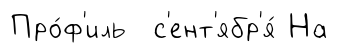
Про́ф'иль с'ент'ябр'я́ На